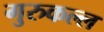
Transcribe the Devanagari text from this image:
गुरुकल्ल